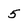
Character: 5